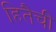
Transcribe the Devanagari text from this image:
हितैची